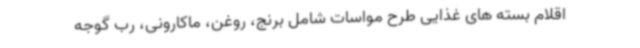
اقلام بسته های غذایی طرح مواسات شامل برنج، روغن، ماکارونی، رب گوجه